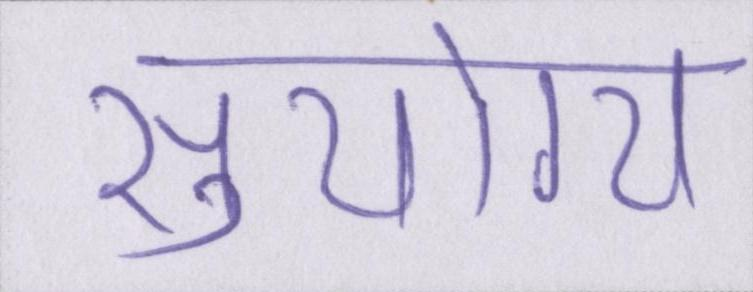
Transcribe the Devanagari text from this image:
सुयोग्य